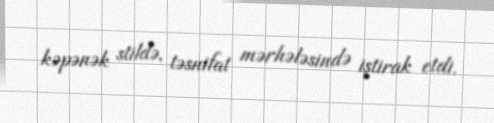
kəpənək stildə, təsnifat mərhələsində iştirak etdi.